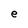
Character: e